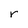
Character: r